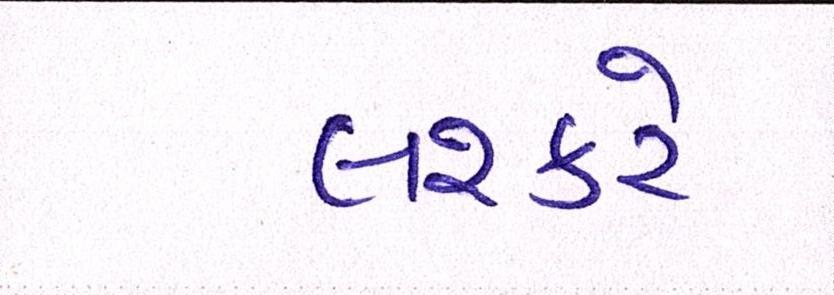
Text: લશ્કરે